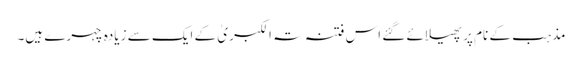
مذہب کے نام پر پھیلائے گئے اس فتنہ تہ الکبریٰ کے ایک سے زیادہ چہرے ہیں۔